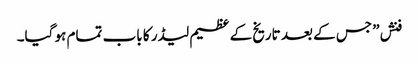
فنش” جس کے بعد تاریخ کے عظیم لیڈر کا باب تمام ہو گیا۔